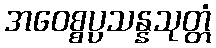
အဝေစ္စပ္ပသန္နသုတ္တံ